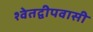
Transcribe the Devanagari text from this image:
श्वेतद्वीपवासी